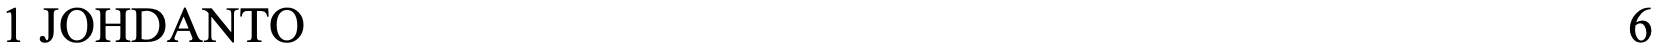
1 JOHDANTO                                           6